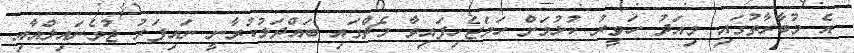
އެ މުބާރާތުގައި މިއަދު ހަވީރު ކުޅުމަށް ހަމަޖެހިފައިވާ މެޗްގައި ބައްދަލުކުރާނީ ނައިފަރު ޖުވެނައިލްއާއި